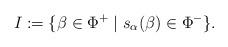
LaTeX: \begin{align*}I := \{\beta\in \Phi^+\mid s_\alpha(\beta)\in \Phi^-\}.\end{align*}